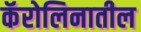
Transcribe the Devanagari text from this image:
कॅरोलिनातील